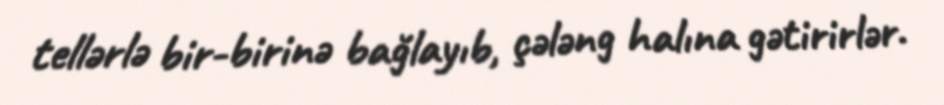
tellərlə bir-birinə bağlayıb, çələng halına gətirirlər.